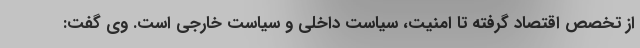
از تخصص اقتصاد گرفته تا امنیت، سیاست داخلی و سیاست خارجی است. وی گفت: